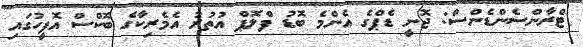
ޓްރާންސެންޑެންސް: ޖޮނީ ޑެޕްގެ އެންމެ ބޮޑު ފްލޮޕް އުތުރު އެމެރިކާގެ ބޮކްސް އޮފީހުގައި